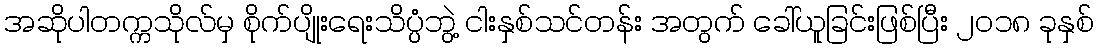
အဆိုပါတက္ကသိုလ်မှ စိုက်ပျိုးရေးသိပ္ပံဘွဲ့ ငါးနှစ်သင်တန်း အတွက် ခေါ်ယူခြင်းဖြစ်ပြီး ၂၀၁၈ ခုနှစ်